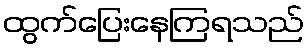
ထွက်ပြေးနေကြရသည်